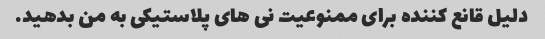
دلیل قانع کننده برای ممنوعیت نی های پلاستیکی به من بدهید.